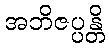
အဘိဇပ္ပန္တိ